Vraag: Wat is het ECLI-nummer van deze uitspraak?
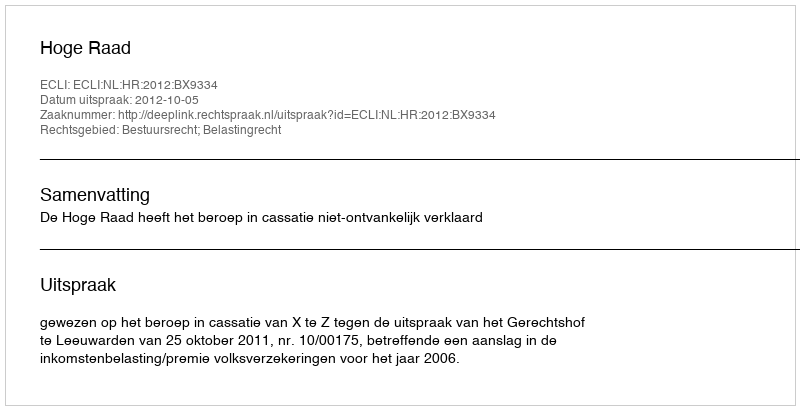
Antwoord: ECLI:NL:HR:2012:BX9334